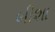
બીશા